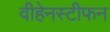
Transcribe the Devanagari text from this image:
वीहेनस्टीफन